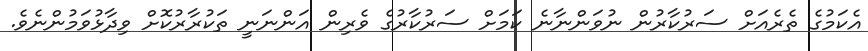
އެކަމުގެ ތެރެއަށް ސަރުކާރުން ނުވަންނާނެ ކަމަށް ސަރުކާރުގެ ވެރިން އަންނަނީ ތަކުރާރުކޮށް ވިދާޅުވަމުންނެވެ.